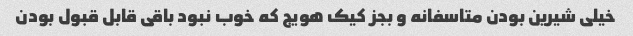
خیلی شیرین بودن متاسفانه و بجز کیک هویج که خوب نبود باقی قابل قبول بودن